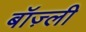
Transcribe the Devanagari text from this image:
बॉज़्ली